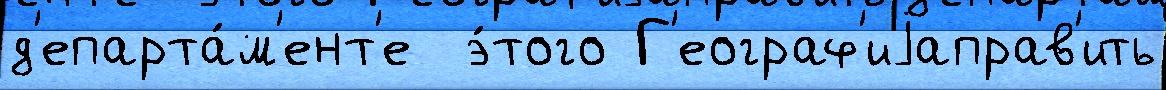
д'епарта́м'ент'е  э́того Г'еограф'иjаправ'ить